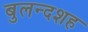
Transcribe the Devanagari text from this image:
बुलन्दशह